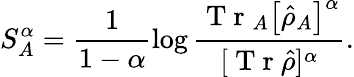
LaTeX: S_{A}^{\alpha}=\frac{1}{1-\alpha}\log\frac{\mathrm{~T~r~}_{A}\big[\hat{\rho}_{A}\big]^{\alpha}}{[\mathrm{~T~r~}\hat{\rho}]^{\alpha}}.